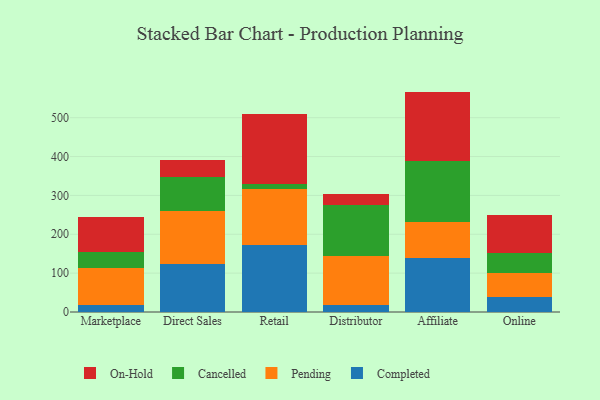
{"axis": {"x": "Channel", "y": "Page Views"}, "legend": ["Cancelled", "Completed", "On-Hold", "Pending"], "data": [{"x": "Marketplace", "y": 18.8, "type": "Completed"}, {"x": "Marketplace", "y": 95.7, "type": "Pending"}, {"x": "Marketplace", "y": 40.3, "type": "Cancelled"}, {"x": "Marketplace", "y": 90.6, "type": "On-Hold"}, {"x": "Direct Sales", "y": 124.7, "type": "Completed"}, {"x": "Direct Sales", "y": 135.2, "type": "Pending"}, {"x": "Direct Sales", "y": 86.5, "type": "Cancelled"}, {"x": "Direct Sales", "y": 43.5, "type": "On-Hold"}, {"x": "Retail", "y": 172.3, "type": "Completed"}, {"x": "Retail", "y": 144.8, "type": "Pending"}, {"x": "Retail", "y": 12.6, "type": "Cancelled"}, {"x": "Retail", "y": 179.2, "type": "On-Hold"}, {"x": "Distributor", "y": 19.1, "type": "Completed"}, {"x": "Distributor", "y": 125.4, "type": "Pending"}, {"x": "Distributor", "y": 132.1, "type": "Cancelled"}, {"x": "Distributor", "y": 27.7, "type": "On-Hold"}, {"x": "Affiliate", "y": 139.6, "type": "Completed"}, {"x": "Affiliate", "y": 92.8, "type": "Pending"}, {"x": "Affiliate", "y": 155.5, "type": "Cancelled"}, {"x": "Affiliate", "y": 179.2, "type": "On-Hold"}, {"x": "Online", "y": 39.6, "type": "Completed"}, {"x": "Online", "y": 61.6, "type": "Pending"}, {"x": "Online", "y": 50.3, "type": "Cancelled"}, {"x": "Online", "y": 97.1, "type": "On-Hold"}]}